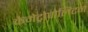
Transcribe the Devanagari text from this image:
केमेट्रोपोलिटन